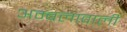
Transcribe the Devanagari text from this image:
अम्बलावाली